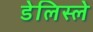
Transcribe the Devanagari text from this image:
डेलिस्ले